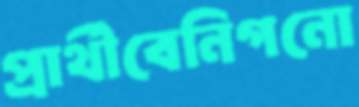
প্রার্থীবেনিগনো